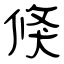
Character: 倏